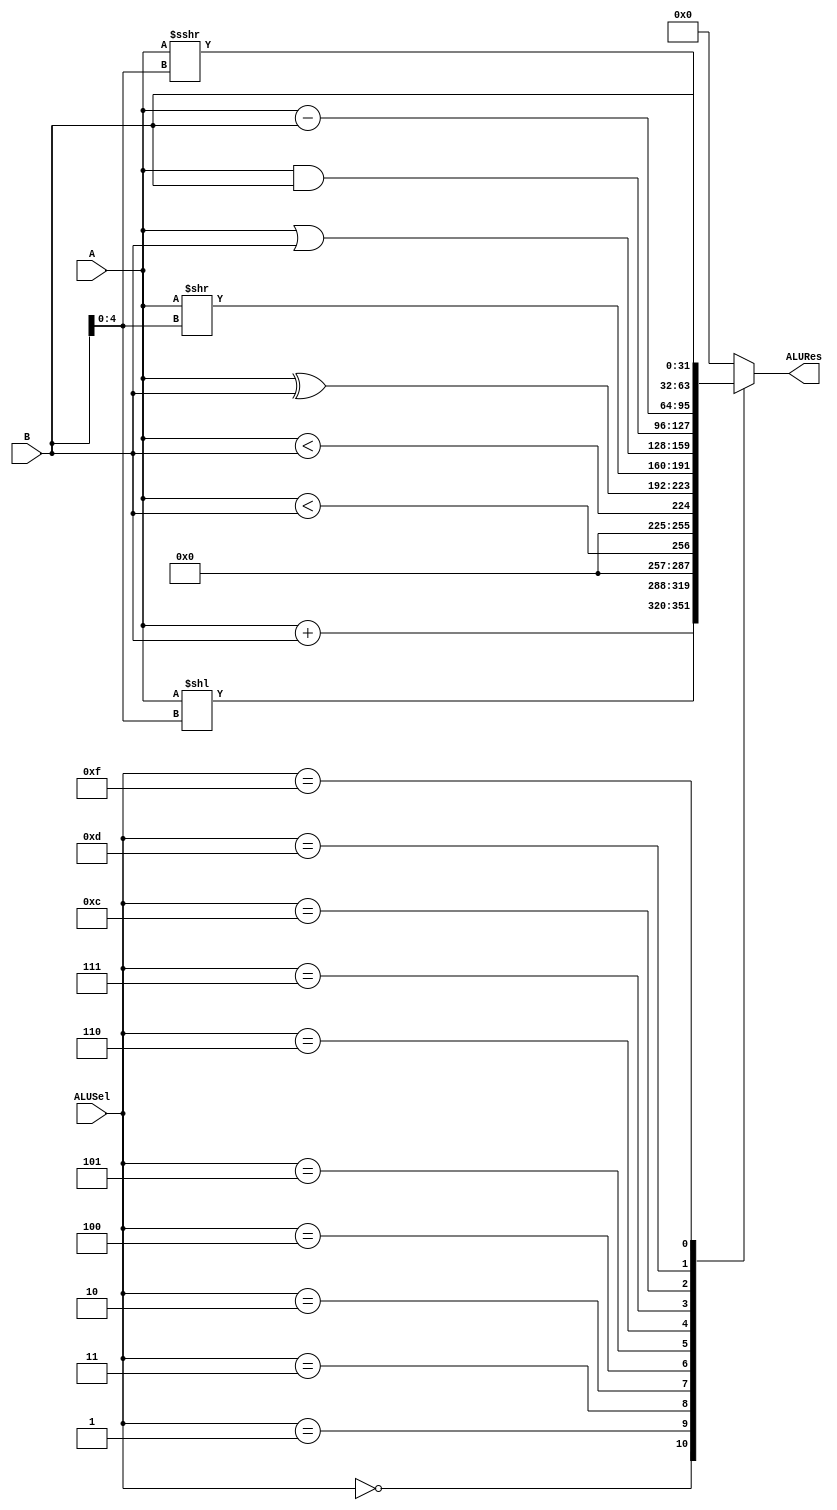
module alu #(
    parameter N = 32
)
(
    input [N-1:0] A,
    input [N-1:0] B,
    input [3:0] ALUSel,

    output [N-1:0] ALURes
);

reg [N-1:0] res;
wire msb_a = A[N-1];
wire msb_b = B[N-1];
always @(*) begin
    case (ALUSel)
        4'b0000: res = A + B;               // add
        4'b0001: res = A << B[4:0];         // sll
        4'b0011: res = {{N-1{1'b0}}, (A < B)};
        4'b0010: res = {{N-1{1'b0}}, ($signed(A) < $signed(B))};
		//begin
		//    if (msb_a && msb_b) res = {{N-1{1'b0}}, (A < B)};
		//    else if (msb_a && ~msb_b) res = {{N-1{1'b0}}, 1'b1};
		//    else if (~msb_a && msb_b) res = {{N-1{1'b0}}, 1'b0};
		//    else if (~msb_a && ~msb_b) res = {{N-1{1'b0}}, (A < B)};
		//    else res = {N{1'b0}};
		//end
        4'b0100: res = A ^ B;                           // xor
        4'b0101: res = A >> B[4:0];                     // srl
        4'b0110: res = A | B;                           // or
        4'b0111: res = A & B;                           // and
        // 4'b1000: // mul
        // 4'b1001: // mulh
        // 4'b1010:
        // 4'b1011: // mulhu
        4'b1100: res = A - B;                           // sub
        4'b1101: res = $signed(A) >>> B[4:0];  		// sra, TODO: arithmetic shift?????
		//res = (A >> B[4:0]) + {{B[4:0]{A[N-1]}}, {(6'd32-B[4:0]){1'b0}}};
        4'b1111: res = B;                               // bsel  
        default: res = {N{1'b0}};
    endcase
end

assign ALURes = res;
endmodule